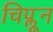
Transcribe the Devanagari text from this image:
चिप्लून